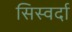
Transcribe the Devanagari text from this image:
सिस्वर्दा